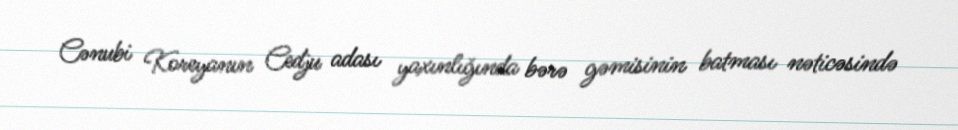
Cənubi Koreyanın Cedju adası yaxınlığında bərə gəmisinin batması nəticəsində